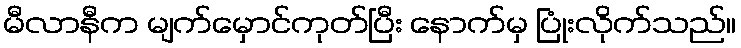
မီလာနီက မျက်မှောင်ကုတ်ပြီး နောက်မှ ပြုံးလိုက်သည်။